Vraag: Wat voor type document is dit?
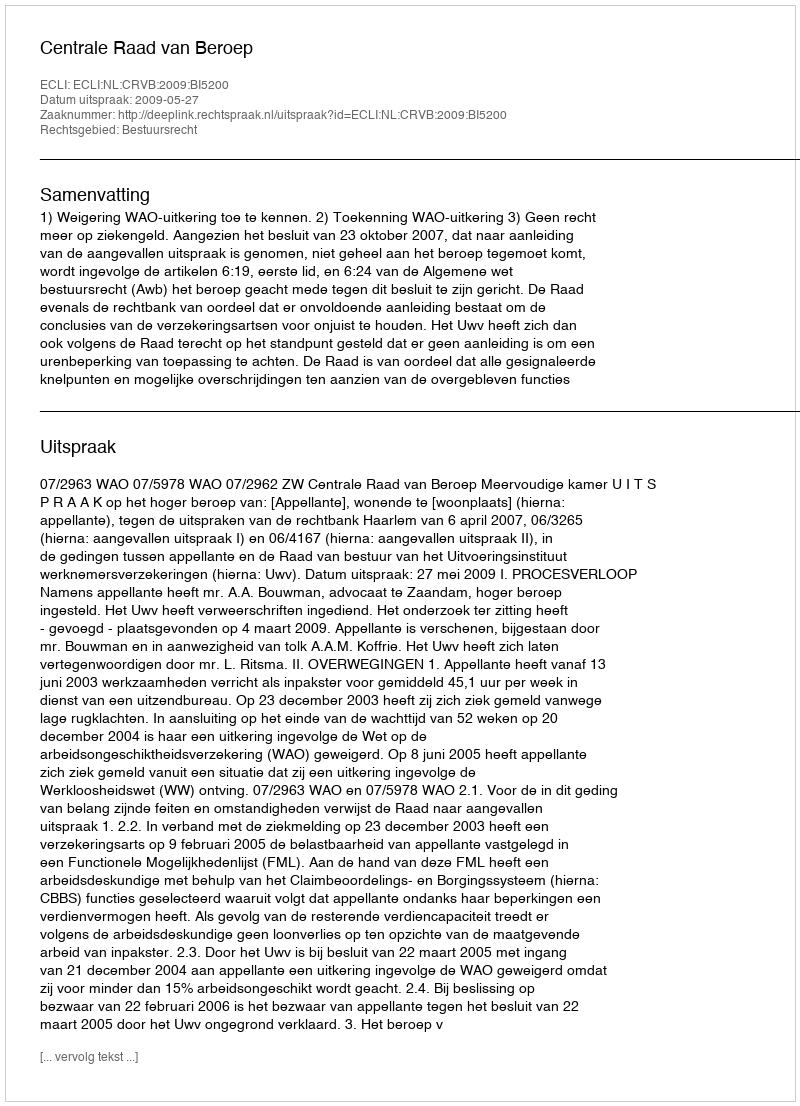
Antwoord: Uitspraak